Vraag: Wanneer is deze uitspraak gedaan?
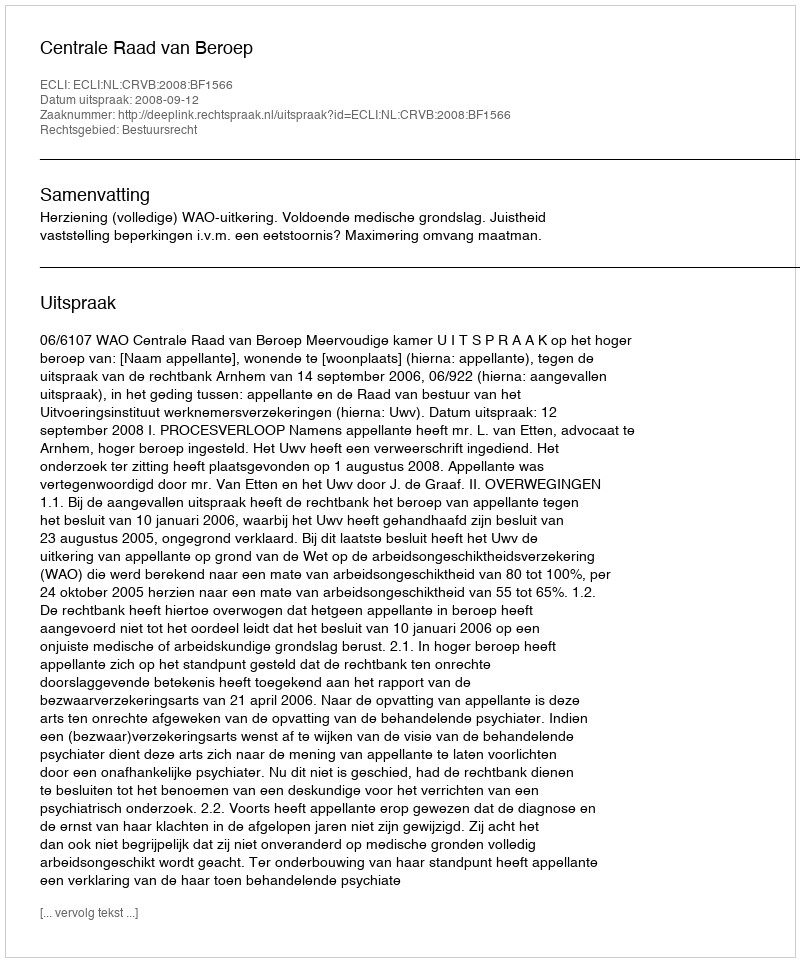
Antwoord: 2008-09-12